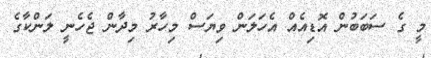
މީ ގެ ސަަބަބުން އޮޑިއެއް އެހަލަން ވިޔަސް މިހާރު މިދާން ޖެހެނީ ލަންކާގެ